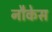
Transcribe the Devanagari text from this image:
नौकेस